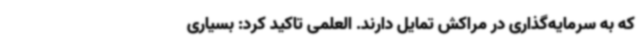
که به سرمایه‌گذاری در مراکش تمایل دارند. العلمی تاکید کرد: بسیاری